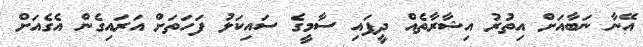
އޭނާ ނަބާއަށް އިތުރު އިޝާރާތެއް ދީފައި ސާމީގެ ސައިކަލު ފަހަތަށް އަރައިގެން އެގެއަށް